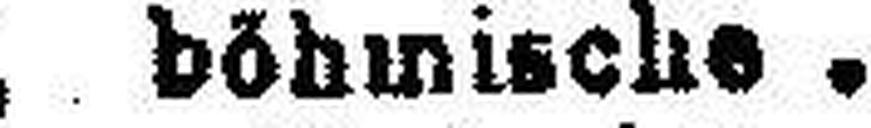
5% " böhmische